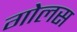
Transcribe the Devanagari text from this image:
गोलस